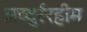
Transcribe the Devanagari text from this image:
अब्दुर्ररहीम